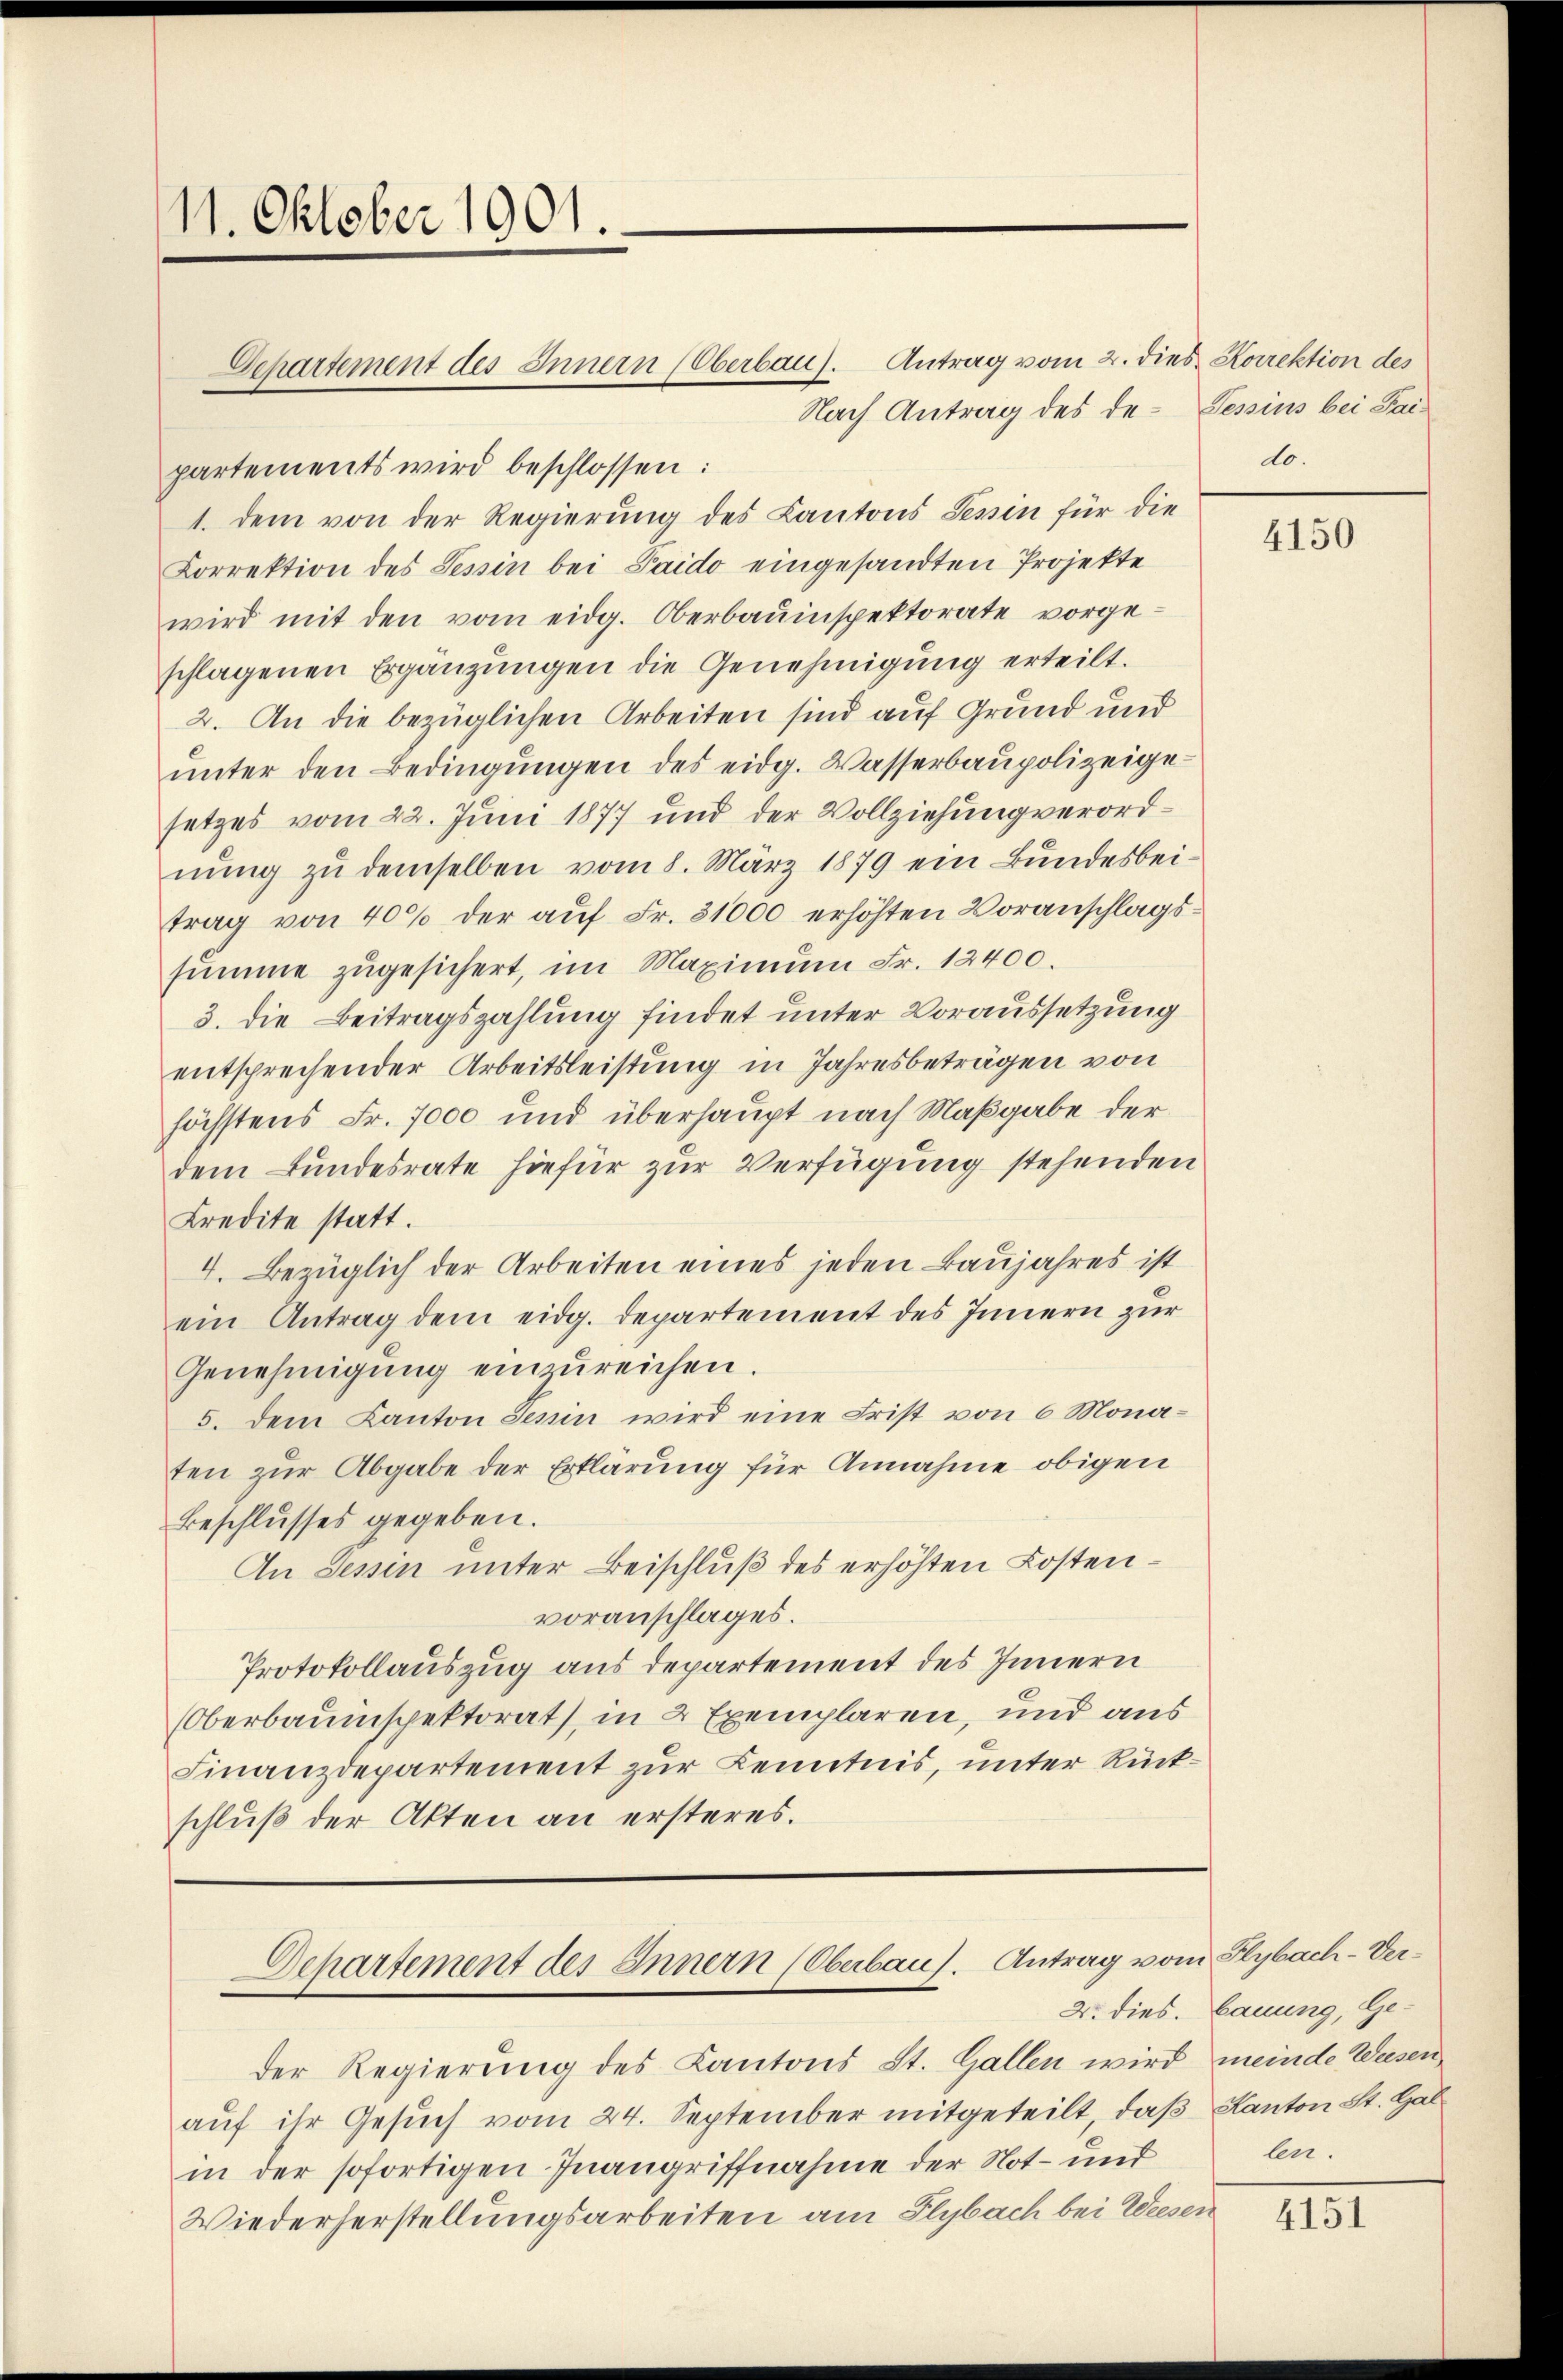
11. Oktober 1901.

Nach Antrag des de Tessins bei Faipartements wird beschlossen:
1. dem von der Regierung des Kantons Tessin für die
Korrektion des Tessin bei Paido eingesandten Projekte
wird mit den vom eidg. Oberbauinspektorate vorge-
schlagenen Ergänzungen die Genehmigung erteilt.
2. An die bezüglichen Arbeiten sind auf Grund und
ŭnter den Bedingungen des eidg. Wasserbaupolizeigesetzes vom 22. Juni 1877 und der Vollziehung verordnung zu demselben vom 8. März 1879 ein Bundesbeitrag von 40% der auf Fr. 31000 erhöhten Voranschlagssumme zugesichert, im Maximum Fr. 12400.
3. die Beitragszahlung findet unter Voraussetzung
entsprechender Arbeitsleistung in Jahresbeträgen von
höchstens Fr. 7000 und überhaupt nach Maßgabe der
dem Bundesrate hiefür zur Verfügung stehenden
Kredite statt.
4. Bezüglich der Arbeiten eines jeden Baujahres ist
ein Antrag dem eidg. Departement des Innern zur
Genehmigung einzŭreichen.
5. dem Kanton Senin wird eine Frist von 6 Monaten zur Abgabe der Erklärung für Annahme obigen
Beschlusses gegeben.
An Tessin unter Beischluß des erhöhten Kostenvoranschlages.
Protokollauszug aus departement des Innern
Oberbauinspektorat, in 2 Exemplaren, und aus
Finanzdepartement zur Kenntnis, unter Rückschluß der Akten an ersteres.

Departement des Innern (Oberbau). Antrag vom 2. dies Korrektion des

Departement des Innern (Oberbaus. Antrag vom Ilybach-Ver¬

der Regierung des Kantons St. Gallen wird meinde Weesen
auf ihr Gesuch vom 24. September mitgeteilt, daß Kanton St. Gal
in der sofortigen Inangriffnahme der Not- und
Wiederherstellungsarbeiten am Ilybach bei Weesen

do.

4150

2. dies. Bauung, Gela.

4151